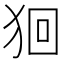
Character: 𤞑